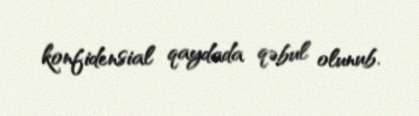
konfidensial qaydada qəbul olunub.